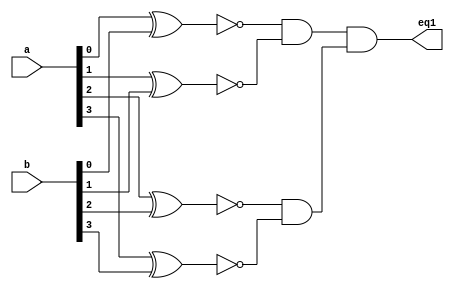
module fourbitcomparator(a,b,eq1);
    input [3:0]a,b;
    output eq1;
    wire w1,w2,w3,w4,w5,w6;
    //Gate Level
    xnor(w1,a[0],b[0]);
    xnor(w2,a[1],b[1]);
    xnor(w3,a[2],b[2]);
    xnor(w4,a[3],b[3]);
    and(w5,w1,w2);
    and(w6,w3,w4);
    and(eq1,w5,w6);


endmodule

module encoder(i,y);
    input [9:0]i;
    output [3:0]y;
    
    or o1(y[3],i[9],i[8]);
    or o2(y[2],i[7],i[6],i[5],i[4]);
    or o3(y[1],i[7],i[6],i[3],i[2]);
    or o4(y[0],i[9],i[7],i[5],i[3],i[1]);
endmodule








module lock(a1,a2,a3,a4,locki);


    
    
    input [9:0]a1;
    input [9:0]a2;
    input [9:0]a3;
    input [9:0]a4;
    output locki;


    
    
    wire [3:0]digi1;
    wire [3:0]digi2;
    wire [3:0]digi3;
    wire [3:0]digi4;
    encoder o1(a1,digi1);
    encoder o2(a2,digi2);
    encoder o3(a3,digi3);
    encoder o4(a4,digi4);
    wire [3:0] pass1;
    assign pass1=4'b0000;
    
    wire [3:0] pass2;
    assign pass2=4'b1001;
    
    wire [3:0] pass3;
    assign pass3=4'b0011;
    
    wire [3:0] pass4;
    assign pass4=4'b0001;
    wire temp1,temp2,temp3,temp4;
    fourbitcomparator g1(pass1,digi1,temp1);
    fourbitcomparator g2(pass2,digi2,temp2);
    fourbitcomparator g3(pass3,digi3,temp3);
    fourbitcomparator g4(pass4,digi4,temp4);
    and g5(locki,temp1,temp2,temp3,temp4);
    endmodule